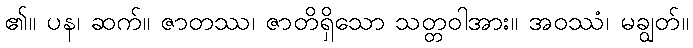
၏။ ပန၊ ဆက်။ ဇာတဿ၊ ဇာတိရှိသော သတ္တဝါအား။ အဝဿံ၊ မချွတ်။